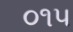
૦૧૫